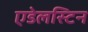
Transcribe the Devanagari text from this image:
एडेलस्टिन